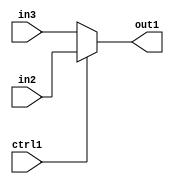
`timescale 1ps / 1ps
/*****************************************************************************
    Verilog RTL Description
    
    
    Created by: Stratus DpOpt 2019.1.01 
*******************************************************************************/

module mac_N_Mux_32_2_4_1 (
	in3,
	in2,
	ctrl1,
	out1
	); /* architecture "behavioural" */ 
input [31:0] in3,
	in2;
input  ctrl1;
output [31:0] out1;
wire [31:0] asc001;

reg [31:0] asc001_tmp_0;
assign asc001 = asc001_tmp_0;
always @ (ctrl1 or in2 or in3) begin
	case (ctrl1)
		1'B1 : asc001_tmp_0 = in2 ;
		default : asc001_tmp_0 = in3 ;
	endcase
end

assign out1 = asc001;
endmodule

/* CADENCE  uLXwTgA= : u9/ySgnWtBlWxVPRXgAZ4Og= ** DO NOT EDIT THIS LINE ******/